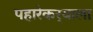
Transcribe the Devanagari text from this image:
पहारेकर्‍याला